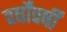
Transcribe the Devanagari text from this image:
वर्षोंवर्षीं